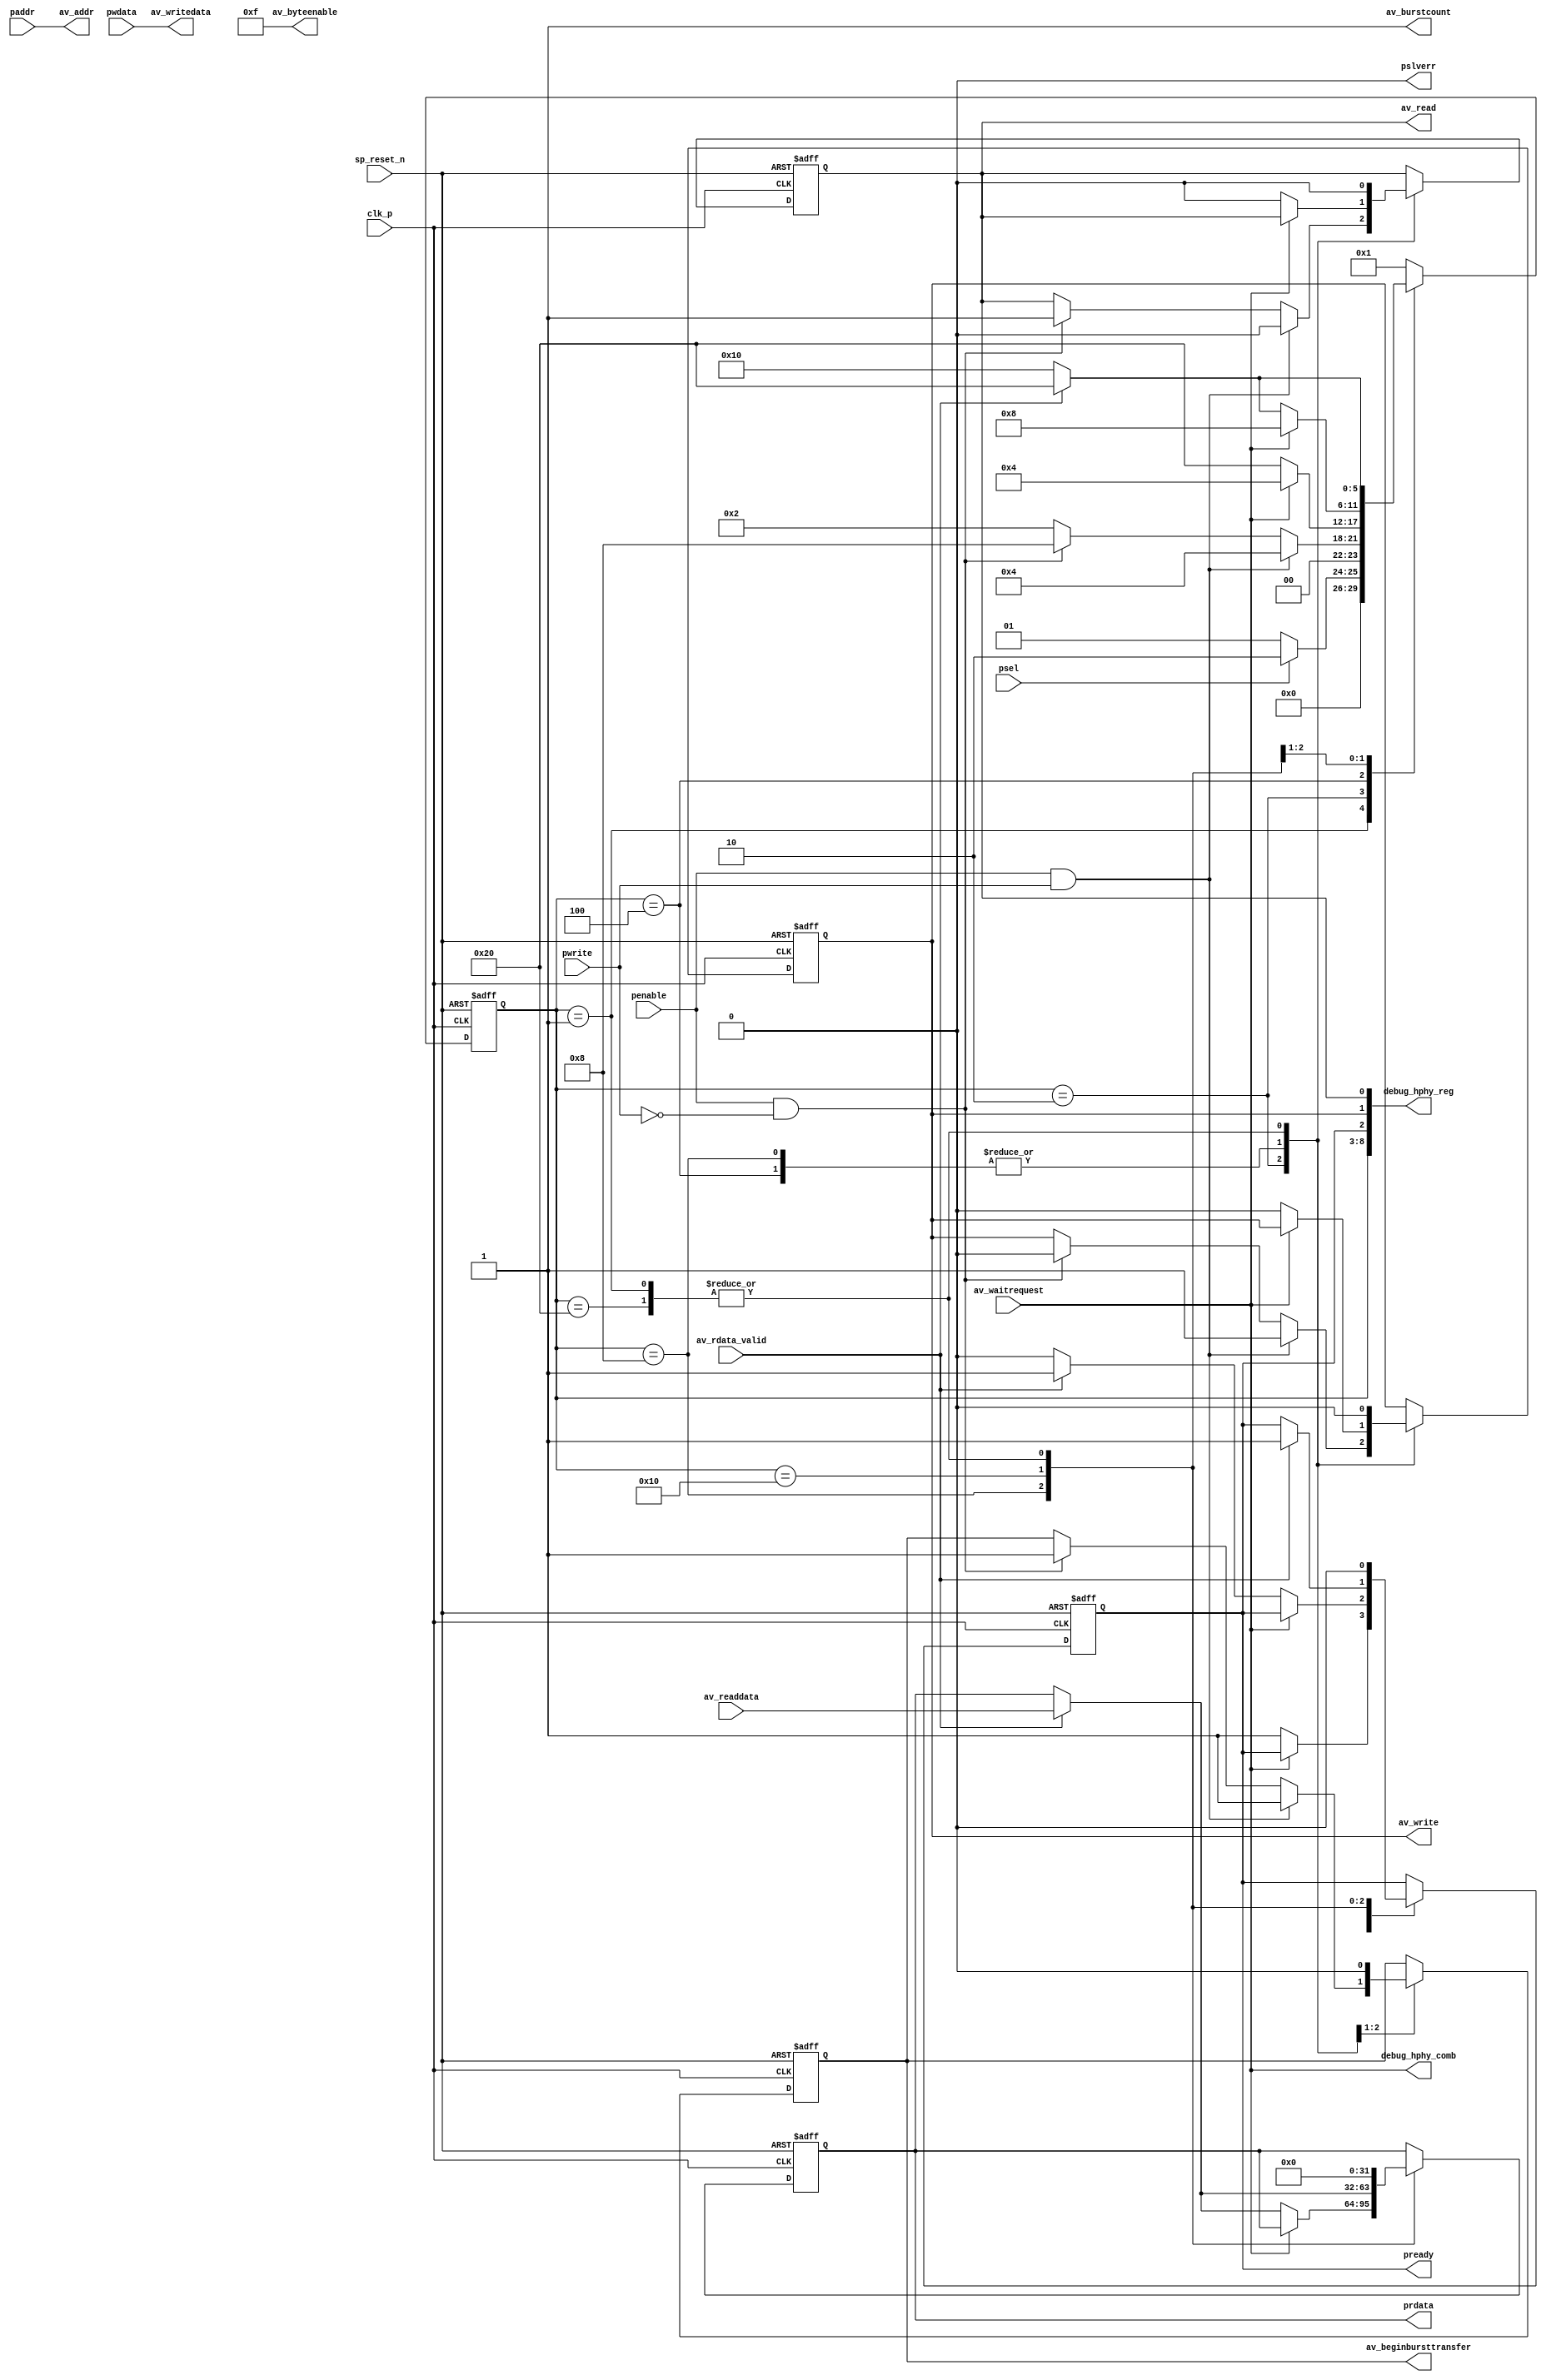
module seq_altera_hhp_apb2avalon_bridge #(
  parameter DWIDTH = 32,              // Data width
  parameter AWIDTH = 10,              // Address width
  parameter BYTEENABLE_WIDTH = 4,     // Byteenable width
  parameter BURSTCOUNT_WIDTH = 1      // Burstcount width
)(
//Clock and Reset
  clk_p,
  sp_reset_n,

//APB Slave Port
  paddr,
  psel,
  penable,
  pwrite,
  pwdata,
  pready,
  prdata,
  pslverr,
  
//Avalon Master Port
  av_beginbursttransfer,
  av_burstcount,
  av_addr,
  av_write,
  av_read,
  av_writedata,
  av_readdata,
  av_rdata_valid,
  av_byteenable,
  av_waitrequest,
  debug_hphy_reg,
  debug_hphy_comb
);

// State declaration
parameter [5:0] 
    IDLE        =6'b000001,
    SETUP       =6'b000010,
    WRITE_ACCESS=6'b000100,
    READ_ACCESS =6'b001000,
    RD_WAIT     =6'b010000,
    READY       =6'b100000;

//Clock and Reset
input clk_p;
input sp_reset_n;

//APB Signals
input [DWIDTH-1:0] pwdata;
input [AWIDTH-1:0] paddr;
input psel;
input penable;
input pwrite;

output pslverr;
output reg pready;
output reg [DWIDTH-1:0] prdata;

//Avalon Signals
input [DWIDTH-1:0] av_readdata;
input av_rdata_valid;
input av_waitrequest;

output reg av_beginbursttransfer;
output [BURSTCOUNT_WIDTH-1:0] av_burstcount;
output [AWIDTH-1:0] av_addr;
output reg av_write;
output reg av_read;
output [BYTEENABLE_WIDTH-1:0] av_byteenable;
output [DWIDTH-1:0] av_writedata;

// State FF
reg [5:0] state;


//debug signals
output wire [8:0] debug_hphy_reg;
output wire       debug_hphy_comb;



always @ (posedge clk_p or negedge sp_reset_n)
begin
    if (!sp_reset_n) begin
        state <= IDLE;
        pready <= 1'b0;
        av_write <= 1'b0;
        av_read <= 1'b0;
        av_beginbursttransfer <= 'b0;
        prdata <= 'b0;
    end else
        case(state)
            IDLE: 
                if (psel)
                    begin
                        state <= SETUP;
                        av_write <= 1'b0;
                        av_read <= 1'b0;
                        pready <= 1'b0;
                        prdata <= 'b0;
                    end
                else
                    begin
                        state <= IDLE;
                        av_write <= 1'b0;
                        av_read <= 1'b0;
                        pready <= 1'b0;
                        prdata <= 'b0;
                    end
            
            SETUP:
                if (penable & pwrite)
                    begin
                        state <= WRITE_ACCESS;
                        av_write <= 1'b1;
                        av_read <= 1'b0;
                        av_beginbursttransfer <= 1'b1;
                    end
                else if (penable & !pwrite)
                    begin
                        state <= READ_ACCESS;
                        av_write <= 1'b0;
                        av_read <= 1'b1;
                        av_beginbursttransfer <= 1'b1;
                    end
                else
                    state <= SETUP;
            
            WRITE_ACCESS:
                if (!av_waitrequest)
                    begin
                        state <= READY;
                        pready <= 1'b1;
                        av_write <= 1'b0;
                        av_read <= 1'b0;
                        av_beginbursttransfer <= 1'b0;
                    end
                else
                    begin
                        state <= WRITE_ACCESS;
                        av_beginbursttransfer <= 1'b0;
                    end
            
            READ_ACCESS: 
                if (!av_waitrequest)
                    begin
                        av_write <= 1'b0;
                        av_read <= 1'b0;
                        av_beginbursttransfer <= 1'b0;
                        if (av_rdata_valid) begin
                            state <= READY;
                            pready <= 1'b1;
                            prdata <= av_readdata;
                        end else begin
                            state <= RD_WAIT;
                            pready <= 1'b0;  
                        end
                    end
                else
                    begin
                        av_beginbursttransfer <= 1'b0;
                        state <= READ_ACCESS;
                    end
            
            RD_WAIT: 
                if (av_rdata_valid) begin
                   state <= READY;
                   pready <= 1'b1;
                   prdata <= av_readdata;
                end else
                   state <= RD_WAIT;
            
            READY:
                begin
                    state <= IDLE;
                    av_write <= 1'b0;
                    av_read <= 1'b0;
                    pready <= 1'b0;
                    prdata <= 'b0;
                end
            default : state <= IDLE;
        endcase
end

assign av_writedata = pwdata;
assign av_byteenable = {BYTEENABLE_WIDTH{1'b1}}; //Tie byteenable to 1
assign av_burstcount = 'b1; //Tie burstcount to 1
assign av_addr = paddr;
assign pslverr = 1'b0; //Tie pslverr to 0

function integer log2;  //constant function
  input integer value;
  begin
    if (value > 1)
      value = value -1;
    for (log2=0; value>0; log2=log2+1)
      value = value>>1;
  end
endfunction


//debug signals
assign debug_hphy_reg  = {state[5:0],pready,av_write,av_read};
assign debug_hphy_comb = {av_waitrequest};


endmodule